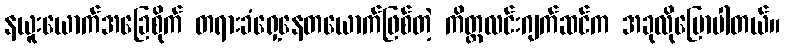
နယူးယောက်အခြေစိုက် တရားခံရှေ့နေတယောက်ဖြစ်တဲ့ ကိတ္တလင်းဂျက်ဆင်က အခုလိုပြောပါတယ်။